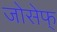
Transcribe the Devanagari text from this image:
जोसेफ्